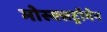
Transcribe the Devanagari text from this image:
मोस्क्सट्रॉमेन